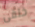
خلفى